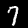
Label: 7